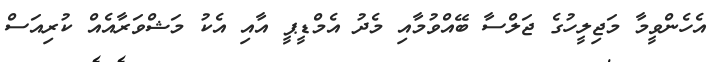
އެހެންވީމާ މަޖިލީހުގެ ޖަލްސާ ބޭއްވުމާއި މެދު އެމްޑީޕީ އާއި އެކު މަޝްވަރާއެއް ކުރިއަސް